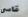
قاسى